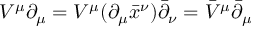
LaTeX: V ^ { \mu } \partial _ { \mu } = V ^ { \mu } ( \partial _ { \mu } { \bar { x } } ^ { \nu } ) \bar { \partial } _ { \nu } = { \bar { V } } ^ { \mu } { \bar { \partial } } _ { \mu }